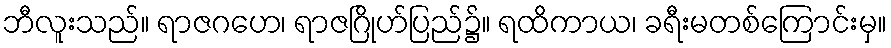
ဘီလူးသည်။ ရာဇဂဟေ၊ ရာဇဂြိုဟ်ပြည်၌။ ရထိကာယ၊ ခရီးမတစ်ကြောင်းမှ။